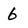
Character: 6